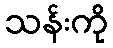
သန်းကို